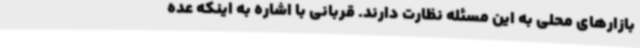
بازارهای محلی به این مسئله نظارت دارند. قربانی با اشاره به اینکه عده